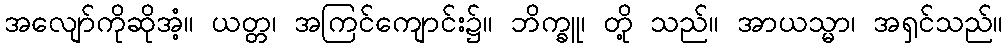
အလျော်ကိုဆိုအံ့။ ယတ္တ၊ အကြင်ကျောင်း၌။ ဘိက္ခူ၊ တို့ သည်။ အာယသ္မာ၊ အရှင်သည်။